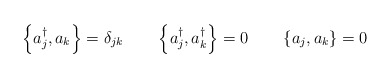
\begin{align*}\left\{ a_j^\dagger,a_k\right\}=\delta_{jk} \qquad\left\{ a_j^\dagger,a_k^\dagger\right\}=0 \qquad \left\{a_j,a_k\right\}=0\end{align*}